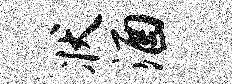
状酒